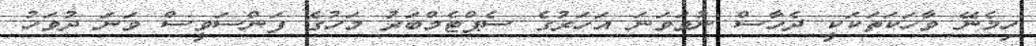
ހިމެނޭ ވާހަކަތަކަކީ ދެހާސް ނުވަވަނަ އަހަރުގެ ސެޕްޓެމްބަރު މަހުގެ ފަންސަވީސް ވަނަ ދުވަހު